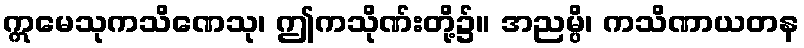
ဣမေသုကသိဏေသု၊ ဤကသိုဏ်းတို့၌။ အညမ္ပိ၊ ကသိဏာယတန